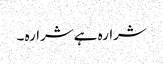
شرارہ ہے شرارہ ۔